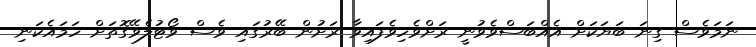
ނަމަވެސް ގިނަ ބަޔަކަށް އެއްބަސްވެވުނީ ރަށްވެހިވެފައިވާ ރަށުން ބޭރުގައި ވެސް ވޯޓުލެވޭގޮތަށް ހަމައެކަނި